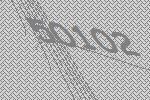
50102